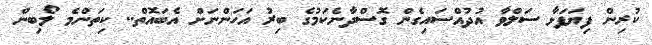
ކުރިން ފިޔަފަޅާ ސަލްވާ އުދުއްސައިގެން ގޮސްދާނެކަމުގެ ބިރު އަހަންނަށް އެބައޮތް.. ކިތަންމެ ލޯބިން